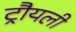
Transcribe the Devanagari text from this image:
ट्रौयली